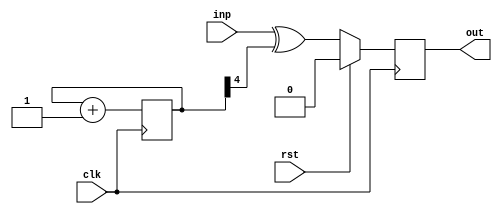
module bar(clk, rst, inp, out);
  input  wire clk;
  input  wire rst;
  input  wire inp;
  output reg  out;

  (* this_is_a_prescaler *)
  reg [7:0] counter;

  (* temp_wire *)
  wire out_val;

  always @(posedge clk)
    counter <= counter + 1;

  assign out_val = inp ^ counter[4];

  always @(posedge clk)
    if (rst) out <= 1'd0;
    else     out <= out_val;

endmodule

module foo(clk, rst, inp, out);
  input  wire clk;
  input  wire rst;
  input  wire inp;
  output wire out;

  bar bar_instance (clk, rst, inp, out);

  initial begin
    $display("PASSED");
  end

endmodule